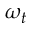
\omega _ { t }